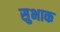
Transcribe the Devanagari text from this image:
सुभाक